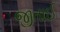
જીતાઈ